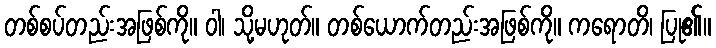
တစ်စပ်တည်းအဖြစ်ကို။ ဝါ၊ သို့မဟုတ်။ တစ်ယောက်တည်းအဖြစ်ကို။ ကရောတိ၊ ပြု၏။